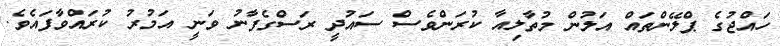
ހައްޖުގެ ޕްލޭންތައް އަލުން މުތާލިއާ ކުރަންވެސް ސައުދީ ރަސްގެފާނު ވަނީ އަމުރު ކުރައްވާފައެވެ.